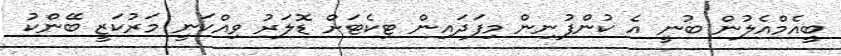
ބީއެމްއެލުން ބުނީ އެ ކުންފުނިން މިފަދައިން ޓިކެޓަށް ޑޮލަރު ވިއްކަނީ މަރުކަޒީ ބޭންކު